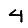
Digit: 4